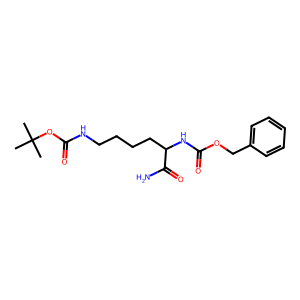
SMILES: CC(C)(C)OC(=O)NCCCCC(NC(=O)OCc1ccccc1)C(N)=O
Inhibits HIV replication: No